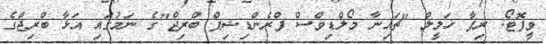
ވީފޮޓޯ: ރިފާ ޚަލީލް "ޗައިނާ މޯލްޑިވްސް ފްރެންޑިޝިޕް ބްރިޖް"ގެ ނަމުގައި އަޅާ ބްރިޖްގެ